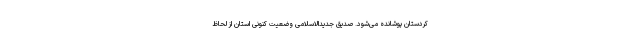
کردستان پوشانده می‌شود. صدیق جدیدالاسلامی وضعیت کنونی استان از لحاظ